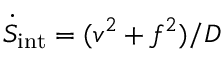
\dot { S } _ { \mathrm { i n t } } = ( v ^ { 2 } + f ^ { 2 } ) / D